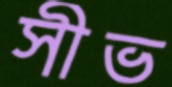
সীভ